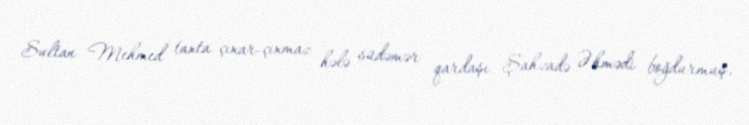
Sultan Mehmed taxta çıxar-çıxmaz hələ südəmər qardaşı Şahzadə Əhmədi boğdurmuş,